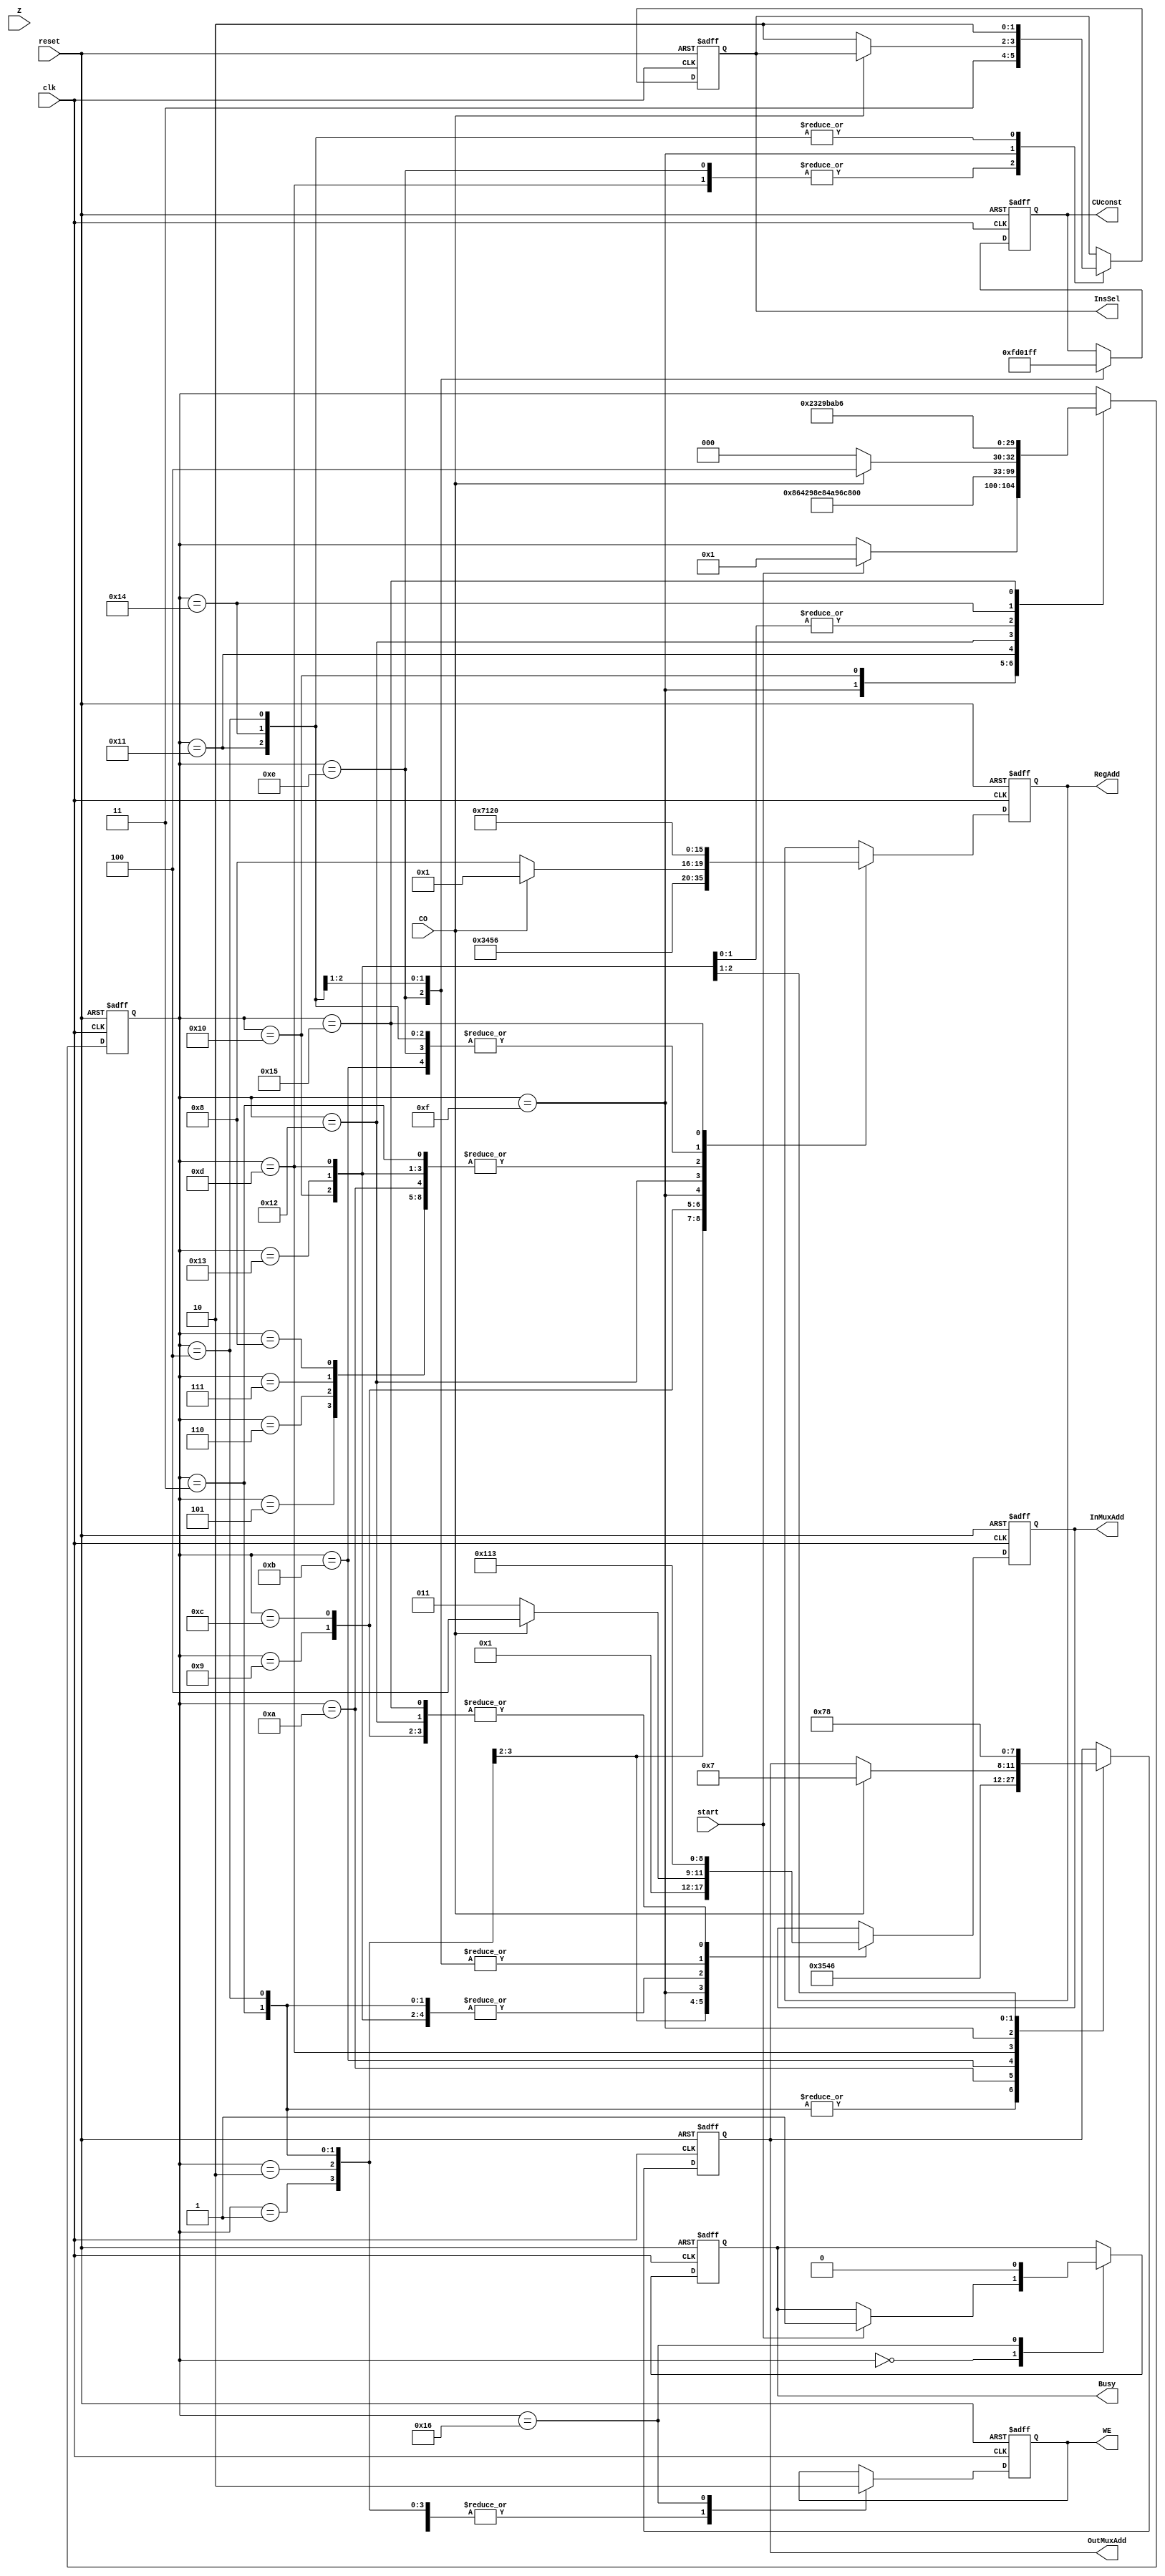
`timescale 1ns / 1ps
module CU(
    input clk,
    input reset,
    input start,
    input CO,
    input Z,
    output reg WE,
    output reg Busy,
    output reg [1:0] InsSel,
    output reg [2:0] InMuxAdd,
    output reg [3:0] OutMuxAdd,
    output reg [3:0] RegAdd,
    output reg [7:0] CUconst
    );

    reg [4:0] s;

    //reg mult_cnt;
    //reg div_cnt;

    always @(posedge clk or posedge reset) begin

        if(reset) begin
            s <= 0;
            WE <= 0;
            Busy <= 0;
            InsSel <= 0;
            CUconst <= 0;
            InMuxAdd <= 0;
            OutMuxAdd <= 0;
            RegAdd <= 0;
            //mult_cnt <= 0;
            //div_cnt <= 0;
        end
        else begin
            case(s)
            0 : begin //reset
                if(start) begin
                    s <= 1;
                    Busy <= 1;
                end
            end
            1: begin //read A and write reg[3]
                InMuxAdd <= 0;
                RegAdd <= 3;
                WE <= 1;
                s <= 2;
            end
            2: begin //read B and write reg[4]
                InMuxAdd <= 1;
                RegAdd <= 4;
                WE <= 1;
                s <= 3;
            end
            3: begin //start of A * 6, aluinA = A
                OutMuxAdd <= 3;
                InMuxAdd <= 4;
                RegAdd <= 1;
                WE <= 1;
                s <= 4;
            end
            4: begin //aluinB = A
                OutMuxAdd <= 3;
                InMuxAdd <= 4;
                RegAdd <= 2;
                WE <= 1;
                s <= 5;
                InsSel <= 2; //read sum
            end
            5: begin //write sum to reg1, 2A
                InMuxAdd <= 3; //read alu out
                RegAdd <= 1;
                WE <= 1;
                s <= 6;
            end
            6: begin  //write sum to reg1, 3A
                InMuxAdd <= 3; //read alu out
                RegAdd <= 1;
                WE <= 1;
                s <= 7;
            end
            7: begin  //write sum to reg1, 4A
                InMuxAdd <= 3; //read alu out
                RegAdd <= 1;
                WE <= 1;
                s <= 8;
            end
            8: begin  //write sum to reg1, 5A
                InMuxAdd <= 3; //read alu out
                RegAdd <= 1;
                WE <= 1;
                s <= 9;
            end
            9: begin  //write sum to reg5, 6A, mult finished here
                InMuxAdd <= 3; //read alu out
                RegAdd <= 5;
                WE <= 1;
                s <= 10;
            end
            10: begin  //calc 6A + B, aluinA = 6A, which is reg5
                InMuxAdd <= 4; //read reg
                OutMuxAdd <= 5; //use reg5
                RegAdd <= 1; //write to aluinA
                WE <= 1;
                s <= 11;               
            end
            11: begin  //aluinB = B, which is reg4
                InMuxAdd <= 4; //read reg
                OutMuxAdd <= 4; //use reg4
                RegAdd <= 2; //write to aluinB
                WE <= 1;
                s <= 12;  
            end
            12: begin //alu calcs 6A + B, write result to reg6
                InMuxAdd <= 3; //read alu out
                RegAdd <= 6; //reg6
                WE <= 1;
                s <= 13;
            end
            13: begin //begin to division 3, reg7 is the division counter reg
                InMuxAdd <= 4; //reg read mode
                OutMuxAdd <= 6; //read reg6
                RegAdd <= 1; //write reg1, aluin_a
                WE <= 1;
                InsSel <= 3;
                s <= 14;
            end
            14: begin //set div const
                CUconst <= 8'b1111_1101; //-3 for substraction
                InMuxAdd <= 2; //const mode
                RegAdd <= 2; //write reg2, aluinB
                WE <= 1;
                InsSel <= 3;
                s <= 15;                
            end
            15: begin //left bit shift, to check if the result is negative, 15 16 are used in this part
                if(CO) begin //result is negative, should use prev result, read div counter reg: reg7
                    InMuxAdd <= 4;
                    OutMuxAdd <= 7;
                    RegAdd <= 1;
                    WE <= 1;
                    s <= 20;
                    
                end
                else begin //make the sub
                    InsSel <= 2; //add mode 
                    InMuxAdd <= 3; //read alu out
                    RegAdd <= 8; //write to reg8
                    WE <= 1;
                    s <= 16;
                end
            end
            16: begin //increment the div counter, read div counter reg7
                InMuxAdd <= 4;
                OutMuxAdd <= 7;
                RegAdd <= 1; //write to aluinA
                WE <= 1;
                s <= 17;
            end
            17: begin //read counter, read +1
                CUconst <= 1;
                InMuxAdd <= 2;
                RegAdd <= 2; //write to aluinB
                WE <= 1;
                InsSel <= 2; //add mode
                s <= 18;
            end
            18: begin //write res to counter
                InMuxAdd <= 3; //read alu
                WE <= 1;
                RegAdd <= 7; //write to reg7
                s <= 19;
            end
            19: begin //read the dividend, which is in reg 8
                OutMuxAdd <= 8;
                InMuxAdd <= 4; //read reg
                WE <= 1;
                RegAdd <= 1; //write to aluinA
                s <= 14; //set -3 const and do the division again
            end
            20: begin //finish state
                CUconst <= 8'b1111_1111; //-1 for substraction
                InMuxAdd <= 2; //const mode
                RegAdd <= 2; //write reg0, aluinA
                WE <= 1;
                InsSel <= 2;
                s <= 21;
            end
            21: begin
                InMuxAdd <= 3; //read alu
                RegAdd <= 0; //output
                WE <= 1;
                s <= 22;
            end
            22: begin
                WE <= 0; //disable write
                Busy <= 0;
                //s <= 0; //go to initial state
            end
            endcase
        end
        
    end

endmodule